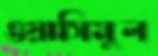
ওয়াসিমুল